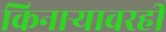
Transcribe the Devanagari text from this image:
किनाऱ्यावरही